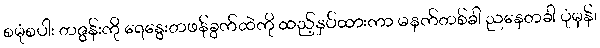
စမုံစပါး တဇွန်းကို ရေနွေးတဖန်ခွက်ထဲကို ထည့်နှပ်ထားကာ မနက်တစ်ခါ ညနေတခါ ပုံမှန်၊